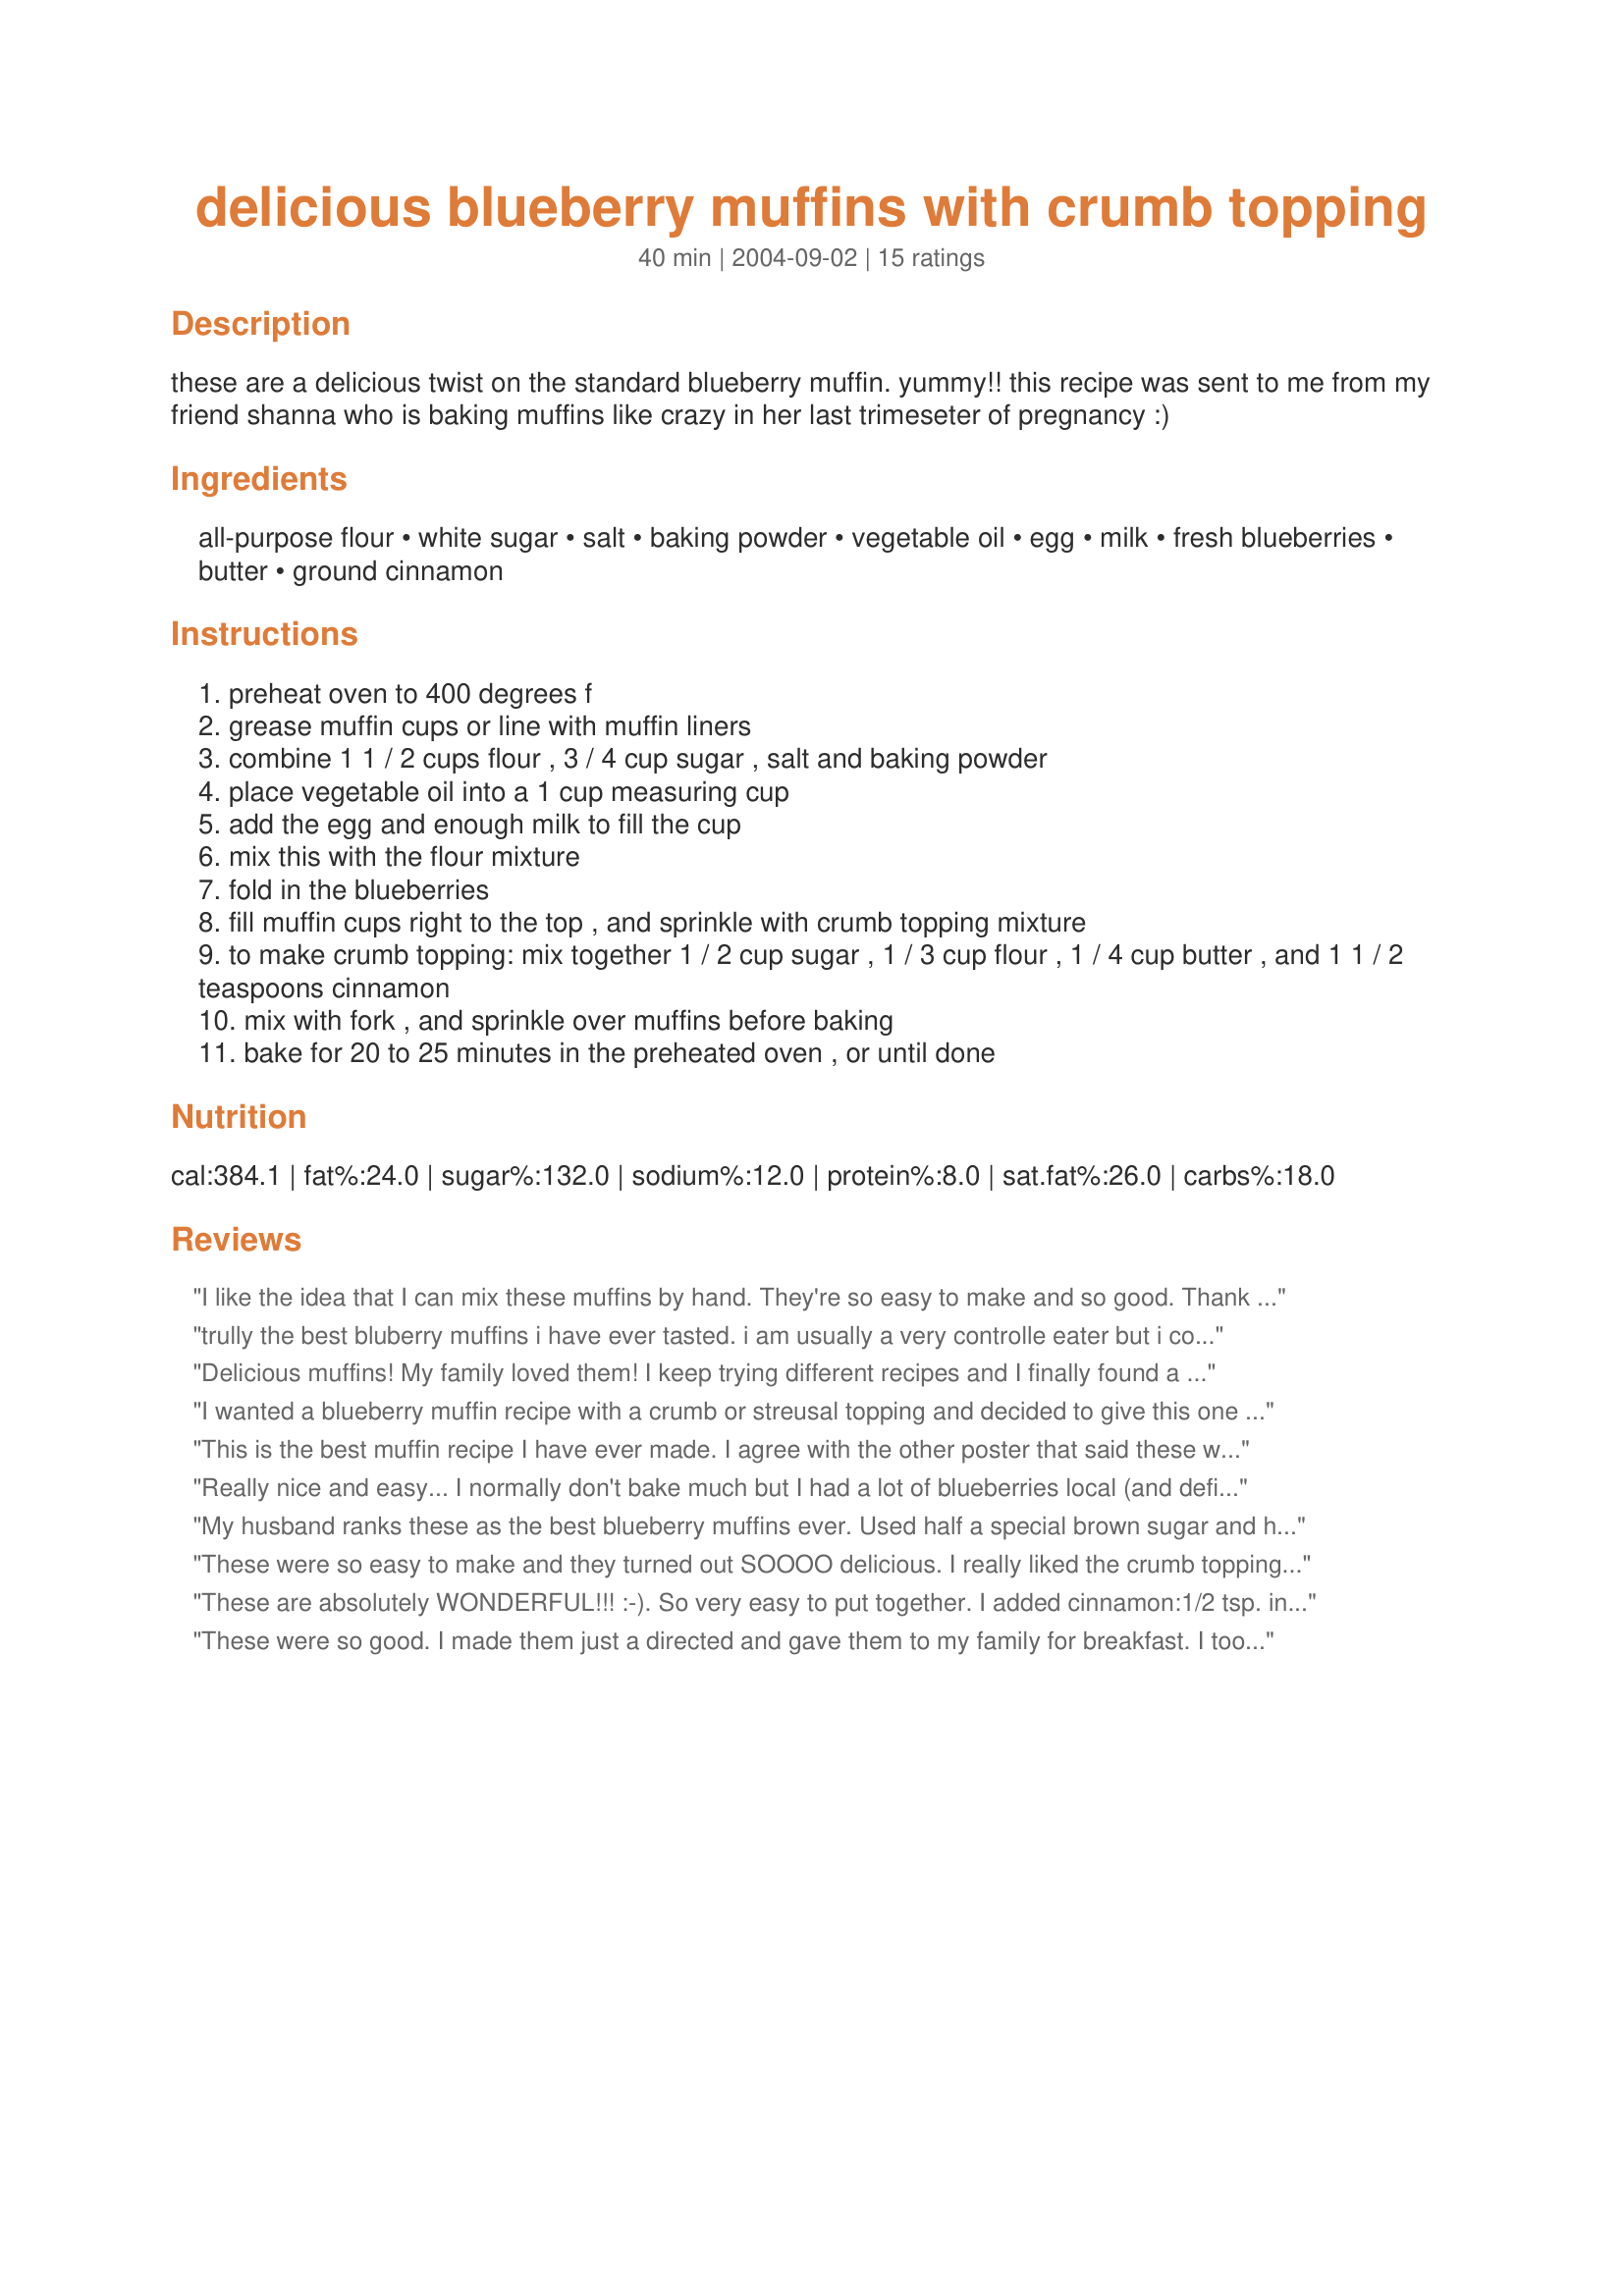
delicious blueberry muffins with crumb topping
Preparation time: 40 minutes

these are a delicious twist on the standard blueberry muffin. yummy!! this recipe was sent to me from my friend shanna who is baking muffins like crazy in her last trimeseter of pregnancy :)

Ingredients:
all-purpose flour, white sugar, salt, baking powder, vegetable oil, egg, milk, fresh blueberries, butter, ground cinnamon

Steps:
preheat oven to 400 degrees f
grease muffin cups or line with muffin liners
combine 1 1 / 2 cups flour , 3 / 4 cup sugar , salt and baking powder
place vegetable oil into a 1 cup measuring cup
add the egg and enough milk to fill the cup
mix this with the flour mixture
fold in the blueberries
fill muffin cups right to the top , and sprinkle with crumb topping mixture
to make crumb topping: mix together 1 / 2 cup sugar , 1 / 3 cup flour , 1 / 4 cup butter , and 1 1 / 2 teaspoons cinnamon
mix with fork , and sprinkle over muffins before baking
bake for 20 to 25 minutes in the preheated oven , or until done

Reviews:
I like the idea that I can mix these muffins by hand. They're so easy to make and so good. Thank you for the recipe. Chef#214469
trully the best bluberry muffins i have ever tasted. i am usually a very controlle eater but i could not get enough of these! there are so many bb muffin recipes but the crumb topping combination of these are amazing! i will definately save this recipe, thanks!
Delicious muffins! My family loved them! I keep trying different recipes and I finally found a winner. The muffins were crunchy on top and moist muffin below. I followed the recipe as directed except I used skim milk. I will decrease the amount of topping next time. The amount of butter was way too much and caused the mixture to spill over the top of the pan. This reduction should lower the fat some too. :)
I wanted a blueberry muffin recipe with a crumb or streusal topping and decided to give this one a try. I followed the recipe exactly (using skim milk). They turned out perfect! The muffins are nice and moist, and we love the crumb topping! Have made these twice already to use up fresh blueberries. I am so glad I tried this recipe - these are now our favorite blueberry muffins!
This is the best muffin recipe I have ever made. I agree with the other poster that said these would be good even without the topping. I made a couple of changes, nothing major though. Swapped the regular milk for buttermilk, added a tsp. of vanilla and used frozen blueberries (I heated and drained them before adding to mixture). Baked at 375 instead of 400, felt that was too hot for my oven. Awesome! I can&#039;t wait to try them again.
Really nice and easy... I normally don't bake much but I had a lot of blueberries local (and definately not from Chile). The only thing I would like to master is the crumb topping, mine turned out as smaller crumb than I had wanted. The recipe is easy and the results are wonderful, I had a strong cup of black coffee with the muffins and sat back and smiled. Thank you for the recipe. The yield, for me, was 11 muffins.
My husband ranks these as the best blueberry muffins ever. Used half a special brown sugar and half reg sugar in the topping, 2% milk, and melted coconut oil instead of veggie oil (I was out) but other than that followed it exactly and it was easy and super delicious!!!
These were so easy to make and they turned out SOOOO delicious. I really liked the crumb topping, tasted like a muffin right out of the bakery! I used fresh blueberries and followed the directions exactly. I'll never use a mix again! Thanks KC Cooker.
These are absolutely WONDERFUL!!! :-). So very easy to put together. I added cinnamon:1/2 tsp. in the batter and 1/2 tsp. in the topping as well as nutmeg and lemon zest. We ate one hot out of the oven! LOL. This recipe is a KEEPER.
I am going to try to make the topping with Splenda Brown sugar, and the batter with the regulkar Splenda for baking. Will report back how that works.
Thanks for a great recipe. Ingrid/Koechin/Chef
These were so good. I made them just a directed and gave them to my family for breakfast. I took a few that was left over and froze them. They freeze really well. 
Thanks,
Stacy
The topping on these muffins really make them scrumptious though someone with less of a sweet tooth will appreciate them "plain," as the pure blueberry flavor comes through! I almost left the topping off to save calories but am glad I didn't. Using a standard 12 count muffin pan, I was able to get 23 muffins out of a double batch. Also, I forgot to double the topping and felt as though I still had enough for all of the muffins in my large batch.
Wow, these were great !!! My muffin pan is large, so I got six huge muffins. Loved the topping. Definately a keeper !!! Thank you, KC
Nice. I used a 12 muffin pan and baked for about 18-20 minutes. I used 1 c. white flour and 1/2 c. whole wheat flour with good results. I also used brown sugar instead of white in the crumb topping and skipped the cinnamon (not a fan). Very satisfying without being too sweet.
easy to make and AMAZING taste. Everyone said they were the BEST!!!!
Thank You
I added vanilla extract and changed white sugar for brown on the topping.
excellent.
An excellent muffin, full of fruit and flavour. Very moist, the addition of topping was great, really crunchy.Thanks for the recipe
